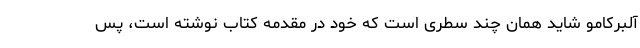
آلبرکامو شاید همان چند سطری است که خود در مقدمه کتاب نوشته است، پس